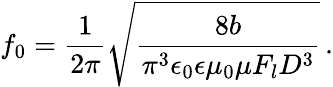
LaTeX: f_{0}=\frac 1{2\pi}\sqrt{\frac{8b}{\pi^{3}\epsilon_{0}\epsilon\mu_{0}\mu F_{l}D^{3}}}\, .